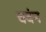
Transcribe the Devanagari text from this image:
चदंन